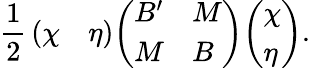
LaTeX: {\frac{1}{2}}\, {\left(\begin{array}{ll}{\chi}&{\eta}\end{array}\right)}{\left(\begin{array}{ll}{B^{\prime}}&{M}\\ {M}&{B}\end{array}\right)}{\left(\begin{array}{l}{\chi}\\ {\eta}\end{array}\right)}.